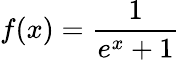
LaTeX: {\mathcal{f}}(x)={\frac{1}{e^{x}+1}}